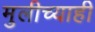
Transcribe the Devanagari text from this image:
मुलीच्याही